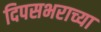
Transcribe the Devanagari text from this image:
दिपसभराच्या